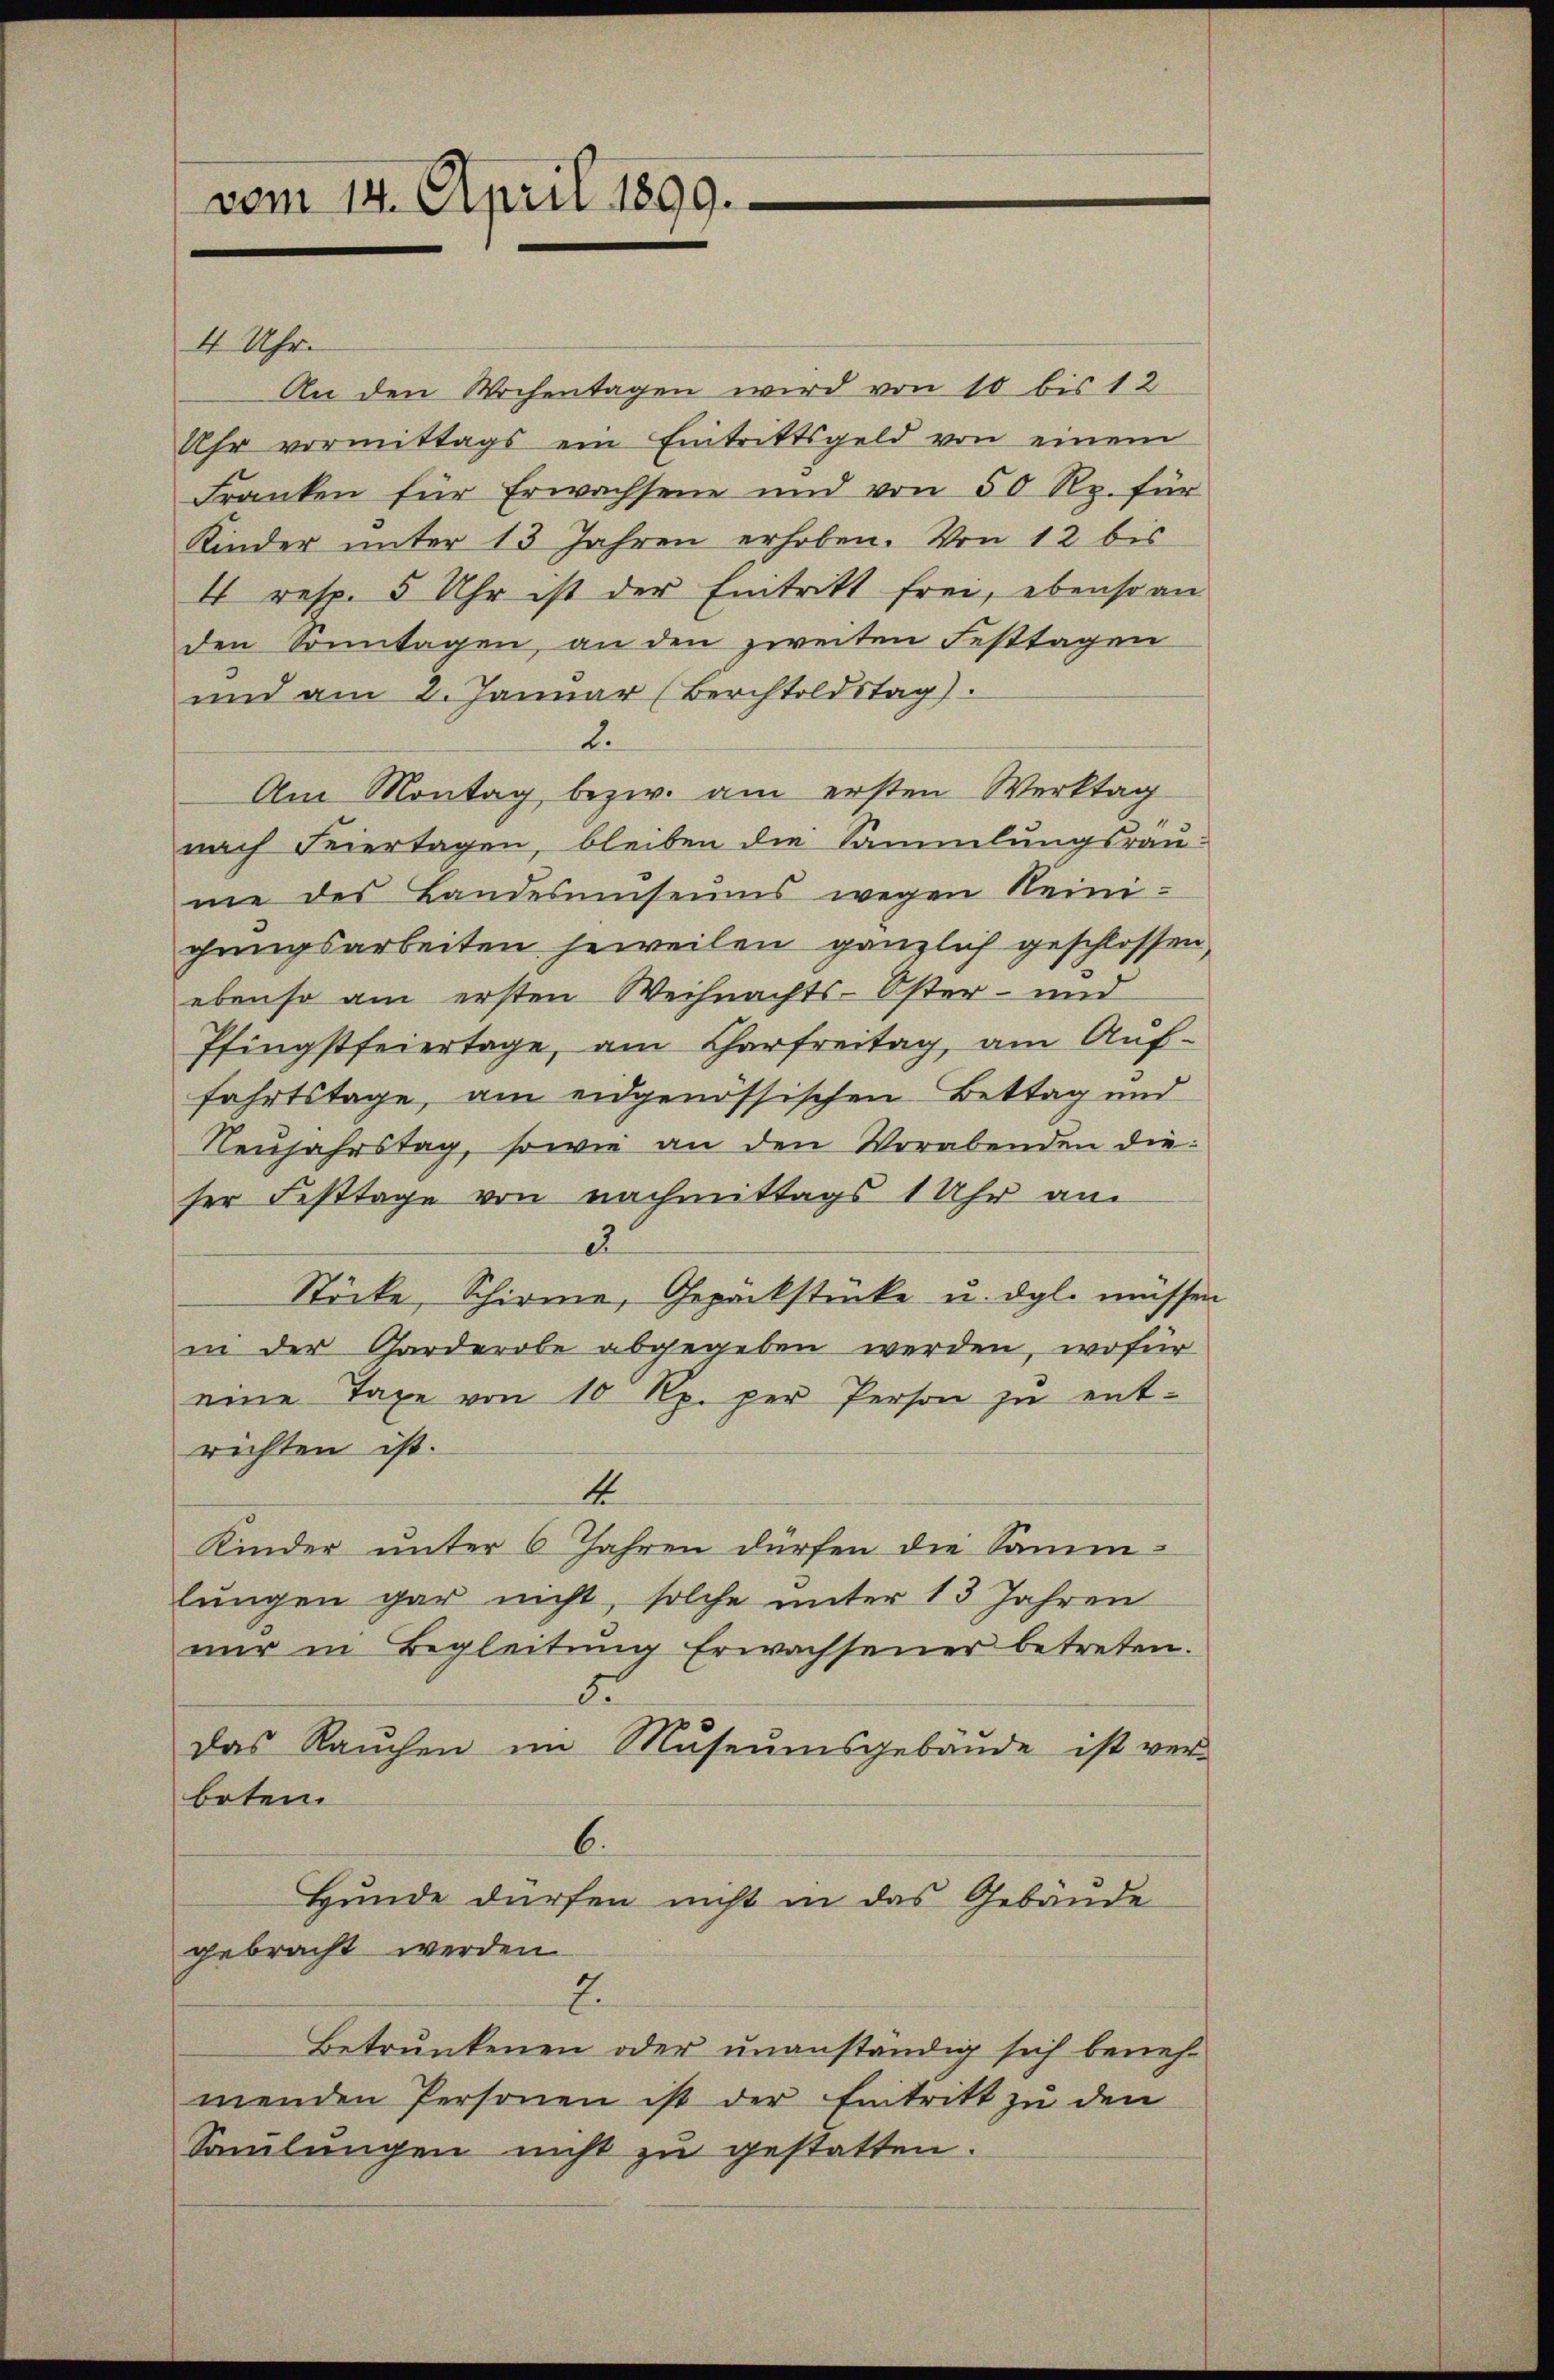
vom 14. April 1899.

4 Uhr.
An den Wochentagen wird von 10 bis 12
Uhr vormittags ein Eintrittsgeld von einem
Franken für Erwachsene und von 50 Rp. für
Kinder unter 13 Jahren erhoben. Von 12 bis
4 resp. 5 Uhr ist der Eintritt frei, ebenso an
den Sonntagen, an den zweiten Festtagen
und am 2. Januar (Berchtoldstag).
d.
Am Montag bezw. am ersten Werktag
nach Feiertagen, bleiben die Sammlungsräume des Landesŭmseums wegen Reinigungsarbeiten jeweilen gänzlich geschlossen,
ebenso am ersten Weihnachts-Öster- und
Pfingstfeiertage, am Charfreitag, am Auf-
fahrtstage, am eidgenössischen Bettag und
Neujahrstag, sowie an den Vorabenden die
ser Festtage von nachmittags 1 Uhr am
2
Stöcke, Schirme, Gepäckstücke u. dgl. müssen
in der Garderobe abgegeben werden, wofür
eine Taxe von 10 Rp. per Person zu entrichten ist.
1
Kinder unter 6 Jahren dürfen die Sammlungen gar nicht, solche unter 13 Jahren
nur in Begleitung Erwachsener betreten.
8
das Rauchen im Museumsgebäude ist ver-
boten.
6.
Hunde dürfen nicht in das Gebäude
gebracht werden.
2.
Betrunkenen oder unanständig sich beneh-
menden Personen ist der Eintritt zu den
Samlungen nicht zu gestatten.